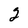
Character: 2